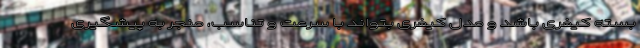
بسته کیفری باشد و مدل کیفری بتواند با سرعت و تناسب، منجر به پیشگیری